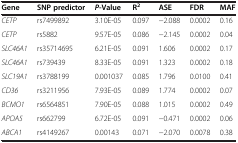
| Gene | SNP predictor | P-Value | R2 | ASE | FDR | MAF |
 | --- | --- | --- | --- | --- | --- | --- |
 | CETP | rs7499892 | 3.10E-05 | 0.097 | −2.088 | 0.0002 | 0.16 |
 | CETP | rs5882 | 9.57E-05 | 0.086 | −2.145 | 0.0002 | 0.04 |
 | SLC46A1 | rs35714695 | 6.21E-05 | 0.091 | 1.606 | 0.0002 | 0.17 |
 | SLC46A1 | rs739439 | 8.33E-05 | 0.091 | 1.323 | 0.0002 | 0.18 |
 | SLC19A1 | rs3788199 | 0.001037 | 0.085 | 1.796 | 0.0100 | 0.41 |
 | CD36 | rs3211956 | 7.93E-05 | 0.089 | 1.774 | 0.0002 | 0.07 |
 | BCMO1 | rs6564851 | 7.90E-05 | 0.088 | 1.015 | 0.0002 | 0.49 |
 | APOA5 | rs662799 | 6.72E-05 | 0.091 | −0.471 | 0.0002 | 0.06 |
 | ABCA1 | rs4149267 | 0.00143 | 0.071 | −2.070 | 0.0078 | 0.38 |